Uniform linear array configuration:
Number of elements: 4
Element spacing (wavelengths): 0.75
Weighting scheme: exponential
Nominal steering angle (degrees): -15
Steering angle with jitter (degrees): -13.043
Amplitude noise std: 0.05
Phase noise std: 0.05

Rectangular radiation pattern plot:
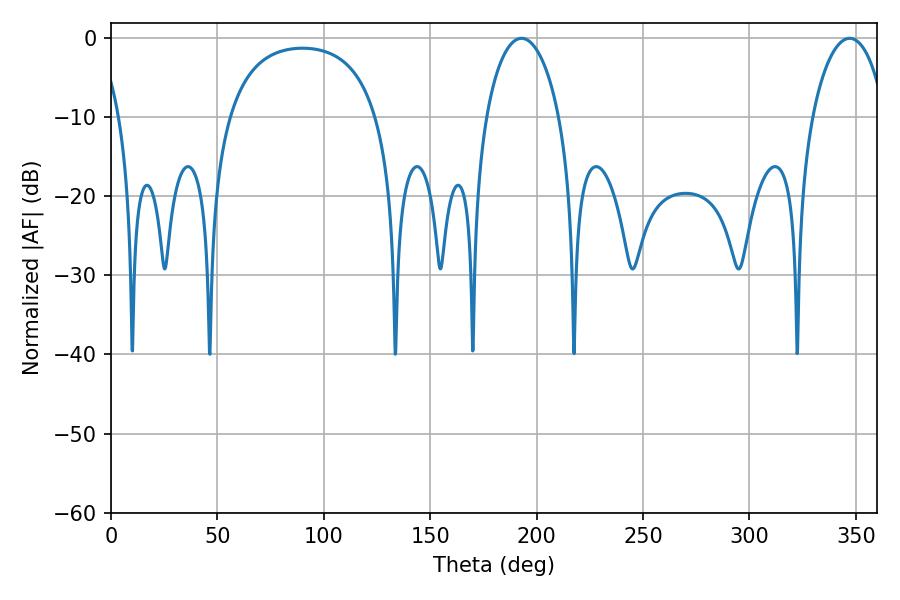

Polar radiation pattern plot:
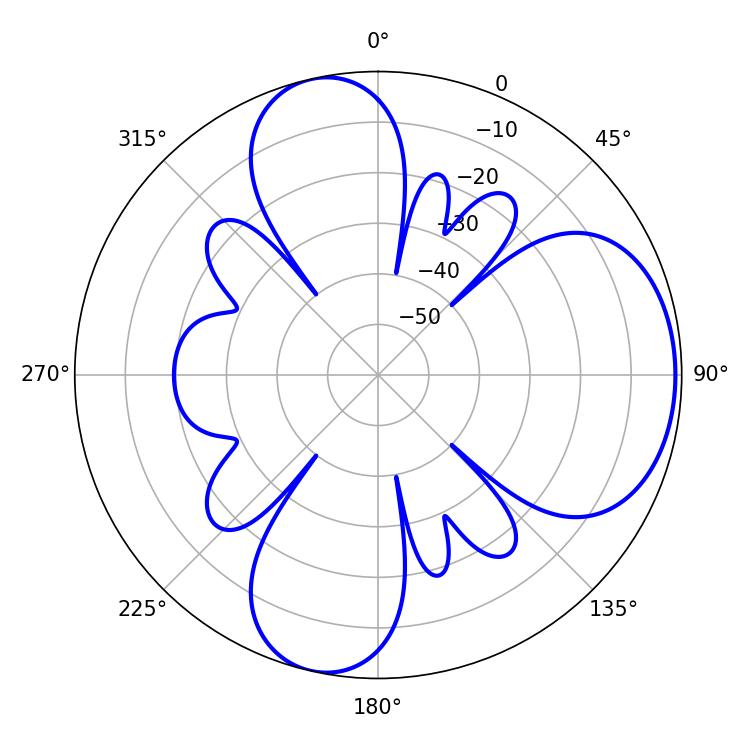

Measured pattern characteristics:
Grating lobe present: TRUE
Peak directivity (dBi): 6.768
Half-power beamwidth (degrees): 19.62
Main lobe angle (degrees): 192.96